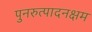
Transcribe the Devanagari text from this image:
पुनरुत्पादनक्षम